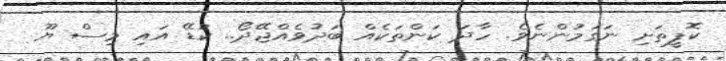
ކޮފީތަށި ނަގަމުންނެވެ. ހާދަ ކަންތަކެއް ބަދުވެއްޖޭދޯ.. ކުޑޭ އައި މިސް ޔޫ